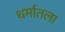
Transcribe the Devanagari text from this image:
धर्मातला